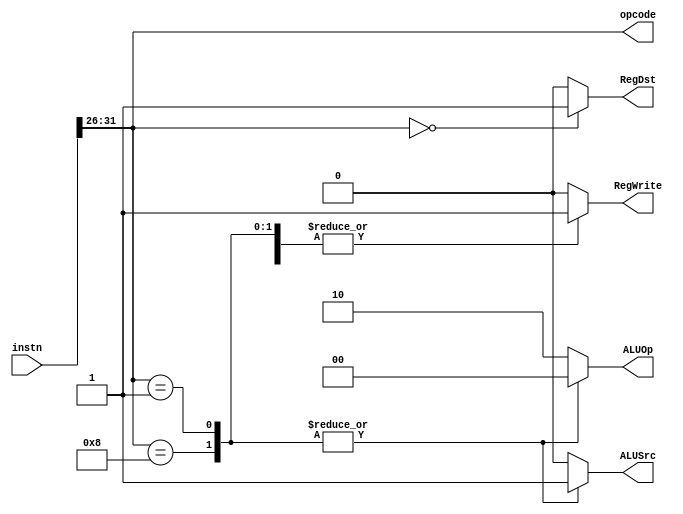
module controller(
  // input
  input [31:0]     instn,
  // output
  // instruction type
  output reg [5:0] opcode,
  // control signals
  // Execution/Address Calculation stage control lines
  output reg       RegDst,
  output reg [1:0] ALUOp,
  output reg       ALUSrc,
  // Write-back stage control lines
  output reg       RegWrite
);

localparam Rtype = 6'b00_0000, ADDI = 6'b00_1000, SET = 6'b00_0001;

always@* begin
  opcode = instn[31:26];
end

always@* begin
  case(opcode)
    Rtype: begin
      RegDst   = 1'b1;
      ALUOp    = 2'b10;
      ALUSrc   = 1'b0;
      RegWrite = 1'b1;
    end
    ADDI: begin
      RegDst   = 1'b0;
      ALUOp    = 2'b00;
      ALUSrc   = 1'b1;
      RegWrite = 1'b1;
    end
    SET: begin
      RegDst   = 1'b0;
      ALUOp    = 2'b00;
      ALUSrc   = 1'b1;
      RegWrite = 1'b1;
    end
    default:begin
      RegDst   = 1'b0;
      ALUOp    = 2'b10;
      ALUSrc   = 1'b0;
      RegWrite = 1'b0;
    end
  endcase
end

endmodule